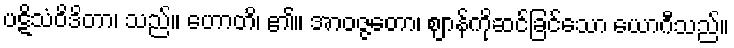
ပဋိသံဝိဒိတာ၊ သည်။ ဟောတိ၊ ၏။ အာဝဇ္ဇတော၊ ဈာန်ကိုဆင်ခြင်သော ယောဂီသည်။